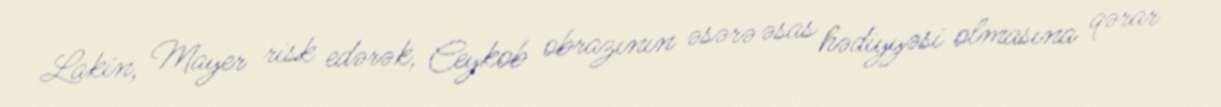
Lakin, Mayer risk edərək, Ceykob obrazının əsərə əsas hədiyyəsi olmasına qərar